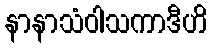
နာနာသံဝါသကာဒီဟိ